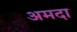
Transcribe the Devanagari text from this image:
अमदा